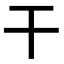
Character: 干